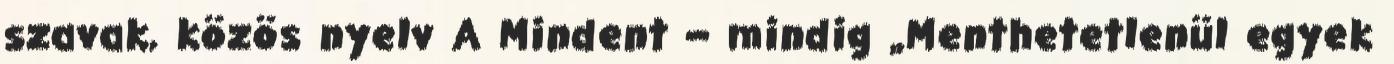
szavak, közös nyelv A Mindent – mindig „Menthetetlenül egyek